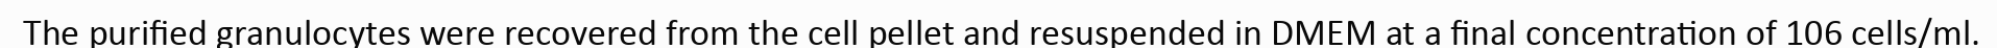
The purified granulocytes were recovered from the cell pellet and resuspended in DMEM at a final concentration of 106 cells/ml.